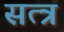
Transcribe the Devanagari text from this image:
सत्त्र